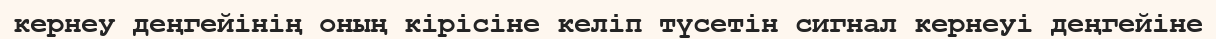
кернеу деңгейінің оның кірісіне келіп түсетін сигнал кернеуі деңгейіне